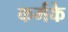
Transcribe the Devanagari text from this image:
कर्मके